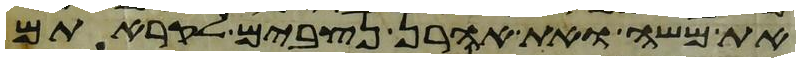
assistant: את משה ואת אהרן נצבים לקראתם